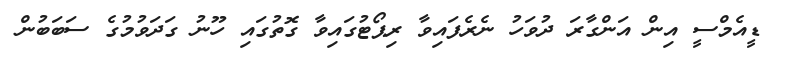
ޑީއެމްސީ އިން އަންގާރަ ދުވަހު ނެރެފައިވާ ރިޕޯޓުގައިވާ ގޮތުގައި ހޫނު ގަދަވުމުގެ ސަބަބުން